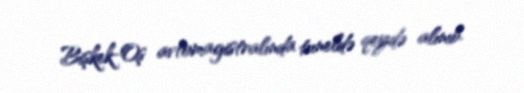
Bişkek-Oş avtomagistralında tuneldə qeydə alınıb.